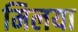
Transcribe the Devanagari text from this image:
मिलया